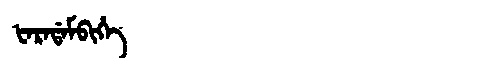
Manchu: ᡶᠠᡵᠠᡩᠠᠮᠪᡳᡥᡝ
Romanization: FARADAMBIHE